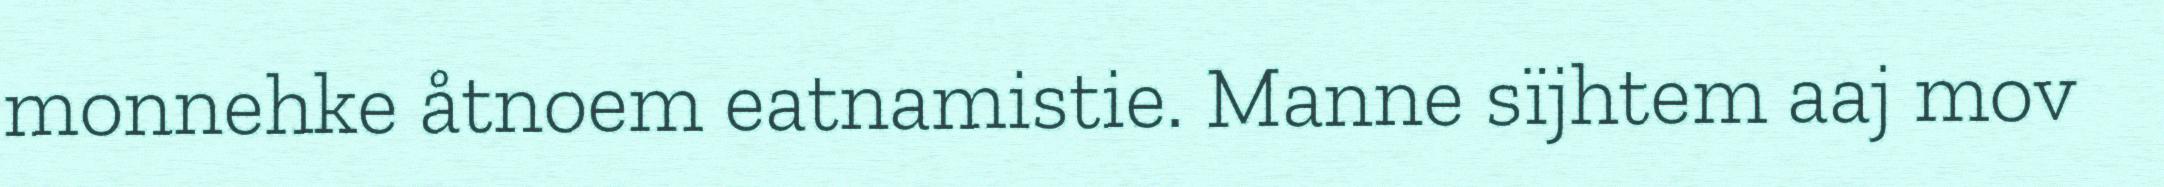
monnehke åtnoem eatnamistie. Manne sïjhtem aaj mov